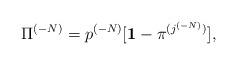
LaTeX: \begin{align*}{\Pi}^{(-N)}=p^{(-N)} [ {\bf 1} - {\pi}^{(j^{(-N)})}],\end{align*}